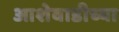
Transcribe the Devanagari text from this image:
आशेवाडीच्या